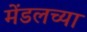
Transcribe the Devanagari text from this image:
मेंडलच्या